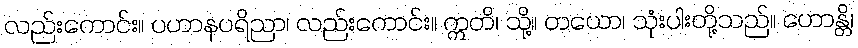
လည်းကောင်း။ ပဟာနပရိညာ၊ လည်းကောင်း။ ဣတိ၊ သို့။ တယော၊ သုံးပါးတို့သည်။ ဟောန္တိ၊